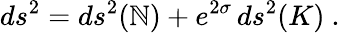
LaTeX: ds^{2}=ds^{2}(\mathbb{N})+e^{2\sigma}\, ds^{2}(K)~.